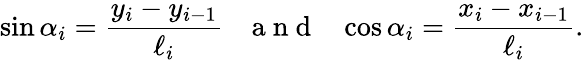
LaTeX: \sin\alpha_{i}=\frac{y_{i}-y_{i-1}}{\ell_{i}}~~~\mathrm{~a~n~d~}~~~\cos\alpha_{i}=\frac{x_{i}-x_{i-1}}{\ell_{i}}.